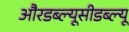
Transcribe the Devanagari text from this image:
औरडब्ल्यूसीडब्ल्यू